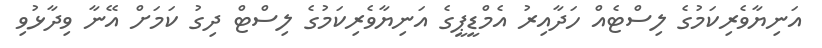
އަނިޔާވެރިކަމުގެ ލިސްޓެއް ހަދާއިރު އެމްޑީޕީގެ އަނިޔާވެރިކަމުގެ ލިސްޓް ދިގު ކަމަށް އޭނާ ވިދާޅުވި